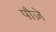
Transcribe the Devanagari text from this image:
पौज़े